Vaccination in Bombay 1913-1923 - 1913-1923
Year: 1913
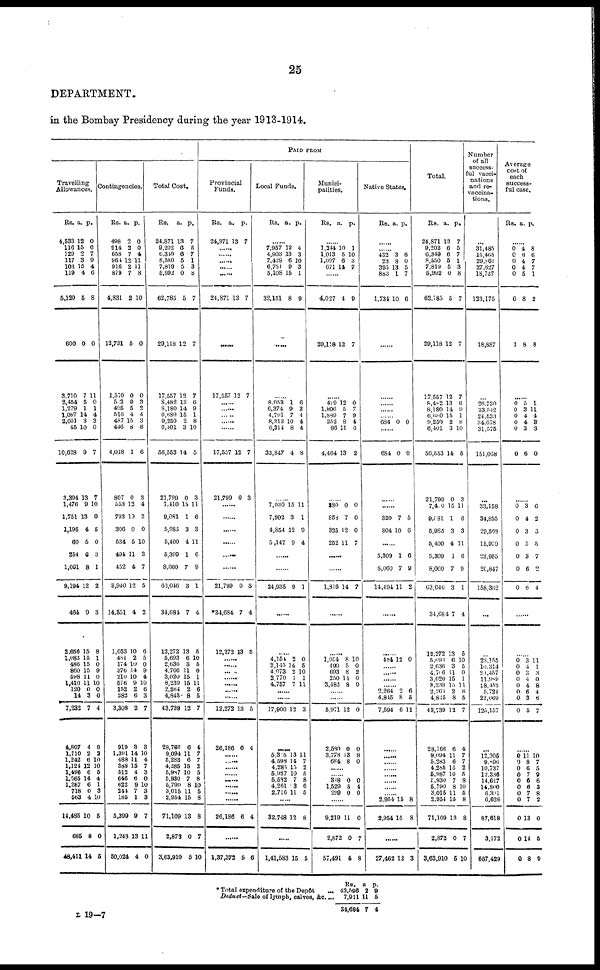
25
DEPARTMENT.
in the Bombay Presidency during the year 1913-1914.
Travelling
Allowances.
Rs.
4,533
116
120
117
103
119
5,120
600
3,710
2,454
1,279
1,087
2,051
45
10,628
3,394
1,476
1,751
1,195
60
254
1,061
9,194
461
2,656
1,083
486
860
598
1,410
120
14
7,232
4,807
1,710
1,242
1,124
1,496
1,565
1,257
718
563
14,485
685
48,411
a.
12
15
2
3
15
4
5
0
7
5
1
14
3
10
9
13
9
13
4
5
6
8
12
9
15
15
15
15
11
11
0
3
7
4
2
6
12
6
14
6
0
4
10
8
14
p.
0
6
7
9
4
6
8
0
11
0
1
4
3
0
7
7
10
0
5
0
3
1
2
3
8
1
0
9
0
10
0
0
4
8
2
10
10
5
4
1
3
10
5
0
5
Contingencies.
Rs.
498
914
658
964
916
879
4,831
12,731
1,570
502
495
516
487
446
4,018
807
553
792
306
534
494
452
3,940
14,551
1,053
481
174
376
210
576
152
382
3,308
919
1,391
488
388
512
646
622
244
185
5,399
1,243
50,024
a.
2
2
7
12
2
7
2
5
0
0
5
4
15
8
1
0
12
10
0
5
11
4
12
4
10
2
10
14
10
9
2
6
2
3
14
11
15
4
6
9
7
1
9
13
4
p.
0
0
4
1
11
8
10
0
0
3
2
4
3
6
6
3
4
2
0
10
3
7
5
2
6
5
0
9
4
10
6
3
7
3
10
4
7
3
0
10
3
3
7
11
0
Total Cost.
Rs.
24,871
9,202
6,349
8,550
7,819
5,992
62,785
29,118
17,557
8,482
8,180
6,680
9,250
6,401
56,553
21,799
7,410
9,081
5,985
5,400
5,309
8,060
63,046
34,084
12,272
5,693
2,636
4,766
3,020
8,239
2,264
4,845
43,739
28,766
9,094
5,283
4,285
5,987
5,930
5,790
3,015
2,954
71,109
2,873
3,63,910
a.
13
6
6
5
5
0
5
12
12
13
14
15
2
3
14
0
15
1
3
4
1
7
3
7
13
6
3
11
15
15
2
8
12
6
11
6
15
10
7
8
11
15
13
0
5
p.
7
5
7
1
3
8
7
7
7
6
9
1
8
10
5
3
11
6
3
11
6
9
1
4
5
10
5
0
1
11
6
5
7
4
7
7
2
5
8
10
6
8
8
7
10
PAID FROM
Provincial
Funds.
Rs.
24,871
a.
13
p.
7
......
......
......
......
......
24,871 13 7
......
17,557 12 7
......
......
......
17,557
21,799
12
0
7
3
......
......
......
......
......
21,799
*34,684
12,272
0
7
13
3
4
5
......
......
......
......
......
......
12,272
26,186
13
6
5
4
......
......
......
......
......
......
......
26,186 6 4
......
1,37,372 5 6
Local Funds.
Rs.
a.
p.
......
7,957
4,903
7,429
6,751
5,108
32,151
12
13
6
9
15
8
4
3
10
3
1
9
......
8,053
6,374
4,791
8,313
6,314
33,847
1
9
7
10
8
4
6
2
4
4
4
8
......
7,030
7,902
4,854
5,147
15
3
12
9
11
1
9
4
......
......
24,935 9 1
......
......
4,154
2,145
4,073
2,770
4,757
2
14
2 1
7
0
5
10
1
11
......
......
17,900 12 3
......
5,315
4,598
4,285
5,987
5,582
4,261
2,716
13
14
15
10
7
3
11
11
7
2
5
8
6
5
......
32,748 12 8
......
1,41,583 15 5
Munici-
palities.
Rs.
a. p.
......
1,244
1,013
1,097
671
10
5
6
14
1
10
3
7
......
4,027
29,118
4
12
9
7
......
429
1,806
1,889
252
86
4,464
12
5
7
8
11
13
0
7
9
4
6
2
......
380
858
325
252
0
7
12
11
0
0
0
7
......
......
1,816
14 7
......
......
1,054
490
693
250
3,482
8
5
8
14
8
10
0
2
0
0
......
......
5,971
2,580
3,778
684
12
0
13
8
0
0
8
0
......
......
348
1,529
299
0
5
0
0
4
0
......
9,219
2,872
57,491
11
0
4
0
7
8
Native States.
Rs. a. p.
......
......
432
23
395
883
1,734
3
8
13
1
10
6
0
5
7
6
......
......
......
......
......
684 0 0
......
684 0 0
......
......
320
804
7
10
5
6
......
5,309
8,060
14,494
1
7
11
6
9
2
......
......
484 12 0
......
......
......
......
2,264
4,845
7,594
2
8
6
6
5
11
......
......
......
......
......
......
......
......
2,954
2,954
15
15
8
8
......
27,462 12 3
Total.
Rs.
24,871
9,202
6,349
8,550
7,819
5,992
62,785
29,118
17,557
8,482
8,180
6,680
9,250
6,401
56,553
21,799
7,470
9,081
5,985
5,400
5,309
8,060
63,046
34,684
12,272
5,693
2,636
4,706
3,020
8,239
2,264
4,845
43,739
28,766
9,094
5,283
4,285
5,987
5,930
5,790
3,015
2,954
71,109
2,872
3,63,910
a.
13
6
6
5
5
0
5
12
12
13
14
15
2
3
14
0
15
1
3
4
1
7
3
7
13
6
3
11
15
15
2
8
12
6
11
6
15
10
7
8
11
15
13
0
5
p.
7
5
7
1
3
8
7
7
7
6
9 1
8
10
5
3
11
6
3
11
6
9
1
4
5
10
5
0
1
11
6
5
7
4
7
7
2
5
8
10
5
8
8
7
10
Number
of all
success-
ful vacci-
nations
and re-
vaccina-
tions.
...
31,485
15,465
29,861
27,627
18,737
123,175
18,887
...
26,730
33,542
24,533
34,678
31,575
151,058
...
33,158
34,855
29,568
15,970
23,955
20,847
158,362
...
...
23,155
10,314
23,457
11,989
28,452
5,724
22,069
125,157
...
12,305
9,896
10,737
12,336
14,617
14,800
6,301
6,626
87,618
3,172
667,429
Average
cost of
each
success-
ful case.
Rs. a. p.
......
0
0
0
0
0
0
1
4
6
4
4
5
8
8
8
6
7
7
1
2
8
......
0
0
0
0
0
0
5
3
4
4
3
6
1
11
4
3 3
0
......
0
0
0
0
0
0
0
3
4
3
5
3
6
6
6
2
3
5
7
2
4
......
......
0
0
0
0
0
0
0
0
3
4
3
4
4
6
3
5
11
1
3 0
8
4
6
7
......
0
0
0
0
0
0
0
0
0
0
0
11
8
6
7
6
6 7
7
13
14
8
10
7
5
9
6
3
8
2
0
5
9
* Total expenditure of the Depôt ...
Deduct—Sale
of lymph, calves, &c. ...
Rs.
42,596
7,911
34,684
a
2
11
7
p.
9
5
4
L 19—7